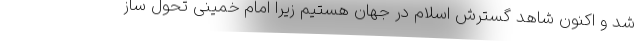
شد و اکنون شاهد گسترش اسلام در جهان هستیم زیرا امام خمینی تحول ساز